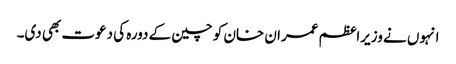
انہوں نے وزیراعظم عمران خان کو چین کے دورہ کی دعوت بھی دی۔